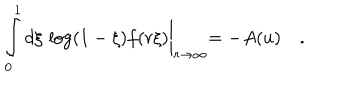
\int _ { 0 } ^ { 1 } d \xi \, \log ( 1 - \xi ) f ( r \xi ) \biggl | _ { r \to \infty } = - A ( u ) \quad .